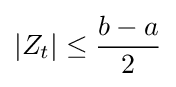
|Z_{t}|\leq {\frac {b-a}{2}}